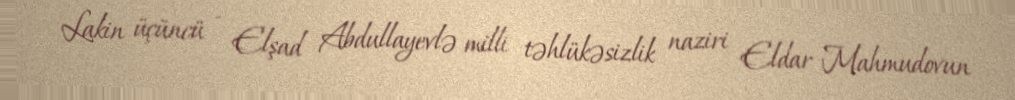
Lakin üçüncü - Elşad Abdullayevlə milli təhlükəsizlik naziri Eldar Mahmudovun